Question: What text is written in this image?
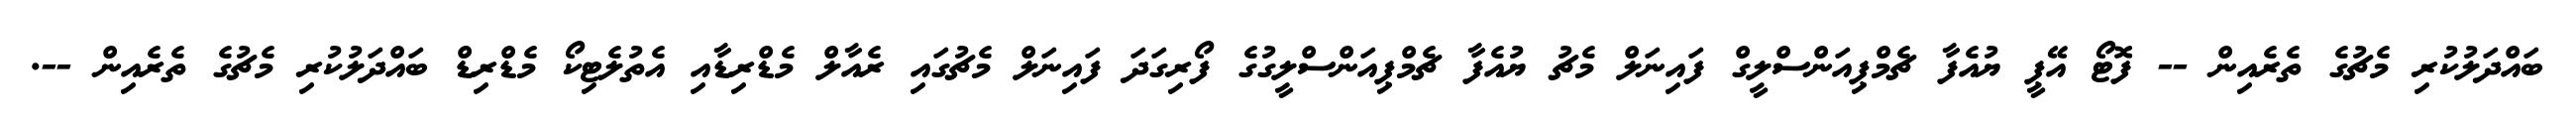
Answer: ބައްދަލުކުރި މެޗުގެ ތެރެއިން -- ފޮޓޯ އޭޕީ ޔުއެފާ ޗެމްޕިއަންސްލީގް ފައިނަލް މެޗު ޔުއެފާ ޗެމްޕިއަންސްލީގުގެ ފޯރިގަދަ ފައިނަލް މެޗުގައި ރެއާލް މެޑްރިޑާއި އެތުލެޓިކޯ މެޑްރިޑް ބައްދަލުކުރި މެޗުގެ ތެރެއިން --.